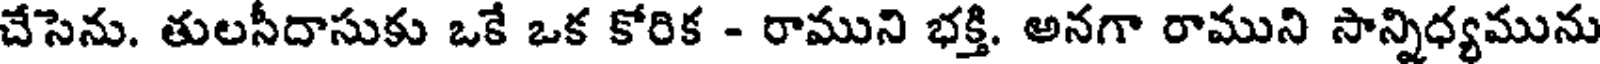
చేసెను. తులసీదాసుకు ఒకే ఒక కోరిక - రాముని భక్తి. అనగా రాముని సాన్నిధ్యమును